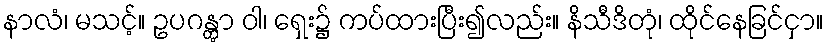
နာလံ၊ မသင့်။ ဥပဂန္တွာ ဝါ၊ ရှေး၌ ကပ်ထားပြီး၍လည်း။ နိသီဒိတုံ၊ ထိုင်နေခြင်ငှာ။